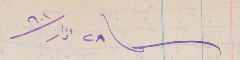
٢٨ اذار/٩٠١